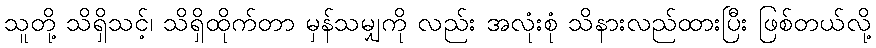
သူတို့ သိရှိသင့်၊ သိရှိထိုက်တာ မှန်သမျှကို လည်း အလုံးစုံ သိနားလည်ထားပြီး ဖြစ်တယ်လို့